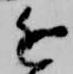
近